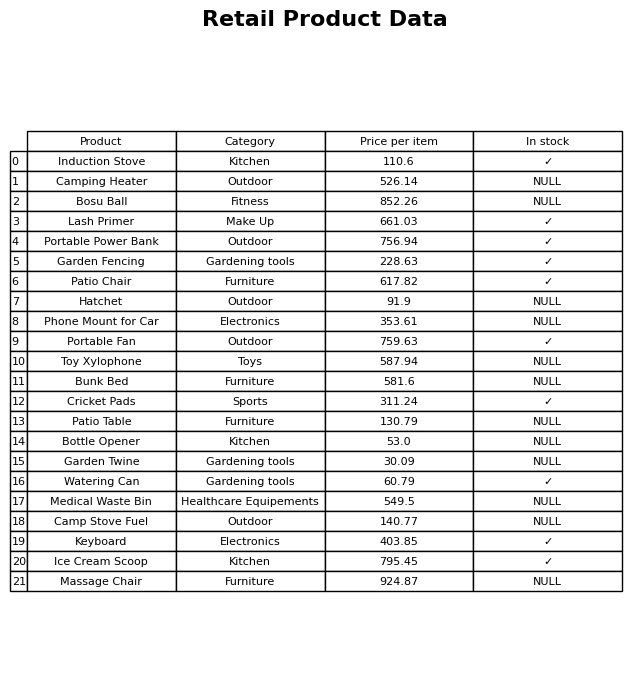
question: What is the price for Phone Mount for Car?
answer: The price of Phone Mount for Car is 353.61.